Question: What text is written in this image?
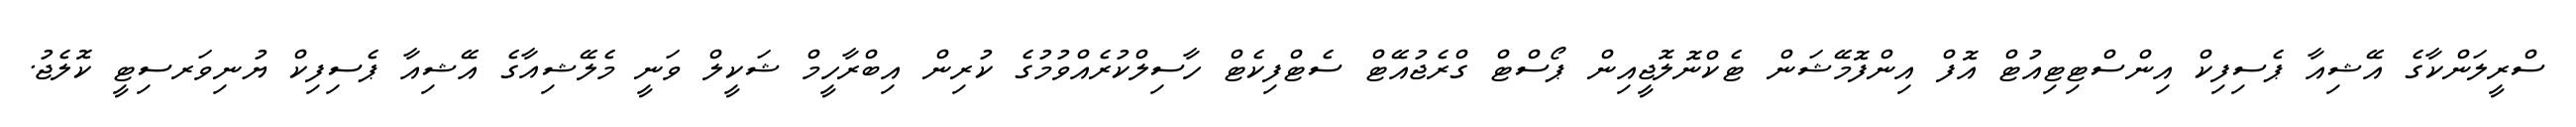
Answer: ސްރީލަންކާގެ އޭޝިއާ ޕެސިފިކް އިންސްޓިޓިއުޓް އޮފް އިންފޮމޭޝަން ޓެކްނޮލޮޖީއިން ޕޯސްޓް ގްރެޖުއޭޓް ސެޓްފިކެޓް ހާސިލްކުރެއްވުމުގެ ކުރިން އިބްރާހީމް ޝަކީލް ވަނީ މެލޭޝިއާގެ އޭޝިއާ ޕެސިފިކް ޔުނިވަރސިޓީ ކޮލެޖު.